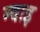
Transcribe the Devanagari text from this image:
म्वाइ